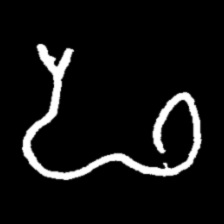
Pyu character \u2014 Myanmar letter: ဖ (romanized: pha)